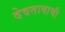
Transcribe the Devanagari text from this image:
देवतावाची